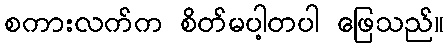
စကားလက်က စိတ်မပါ့တပါ ဖြေသည်။